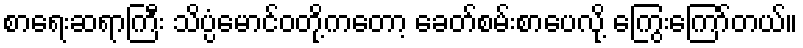
စာရေးဆရာကြီး သိပ္ပံမောင်ဝတို့ကတော့ ခေတ်စမ်းစာပေလို့ ကြွေးကြော်တယ်။